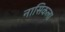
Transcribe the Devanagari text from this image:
नासिकला